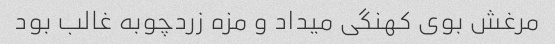
مرغش بوی کهنگی میداد و مزه زردچوبه غالب بود